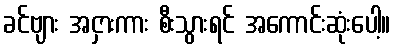
ခင်ဗျား အငှားကား စီးသွားရင် အကောင်းဆုံးပေါ့။